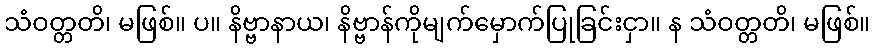
သံဝတ္တတိ၊ မဖြစ်။ ပ။ နိဗ္ဗာနာယ၊ နိဗ္ဗာန်ကိုမျက်မှောက်ပြုခြင်းငှာ။ န သံဝတ္တတိ၊ မဖြစ်။